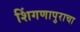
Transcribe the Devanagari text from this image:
शिंगणापुराचा